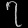
Digit: ၇